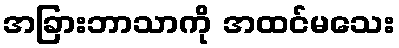
အခြားဘာသာကို အထင်မသေး